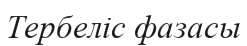
Тербеліс фазасы